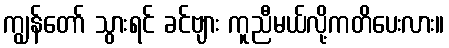
ကျွန်တော် သွားရင် ခင်ဗျား ကူညီမယ်လို့ကတိပေးလား။